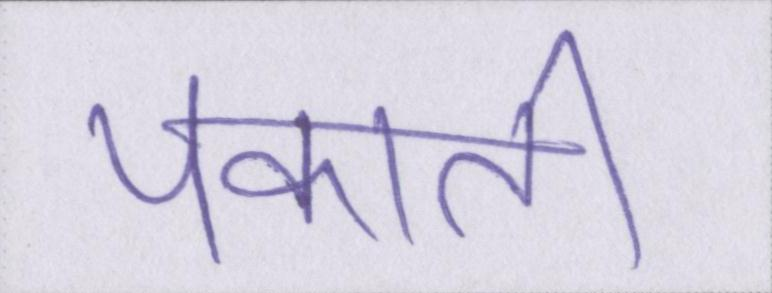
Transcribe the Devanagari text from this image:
पकाती